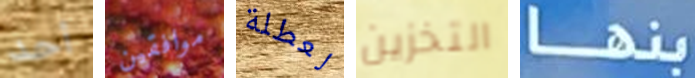
أحد موافقين لعطلة التخزين بنها